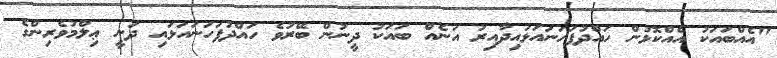
"އެއްބައަކު އެއްކޮޅުން ހައްދުފަހަނައަޅައިދާއިރު އަނެއް ބައަކު ދީނުން ބޭރުވެ ހައްދުފަހަނައަޅައި ދަނީ ޢިލްމުވެރިންގެ